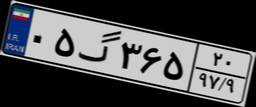
۰۵گ۳۶۵۲۰